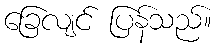
ခြေလျင် ပြန်သည်။